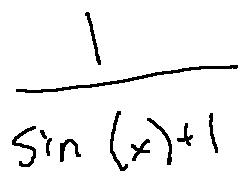
\frac { 1 } { \sin ( x ) + 1 }